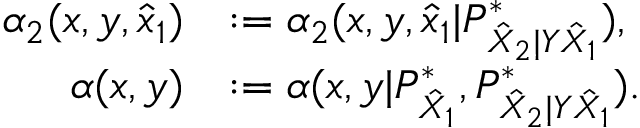
\begin{array} { r l } { \alpha _ { 2 } ( x , y , \hat { x } _ { 1 } ) } & { : = \alpha _ { 2 } ( x , y , \hat { x } _ { 1 } | P _ { \hat { X } _ { 2 } | Y \hat { X } _ { 1 } } ^ { * } ) , } \\ { \alpha ( x , y ) } & { : = \alpha ( x , y | P _ { \hat { X } _ { 1 } } ^ { * } , P _ { \hat { X } _ { 2 } | Y \hat { X } _ { 1 } } ^ { * } ) . } \end{array}